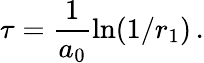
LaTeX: \tau=\frac{1}{a_{0}}\ln(1/r_{1})\, .